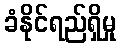
ခံနိုင်ရည်ရှိမှု